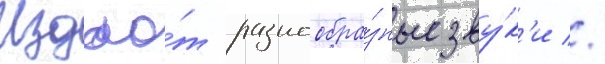
Издао́т разнообра́зные зву́к'и //